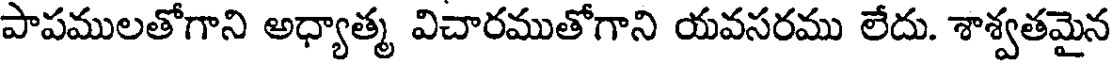
పాపములతోగాని అధ్యాత్మ విచారముతోగాని యవసరము లేదు. శాశ్వతమైన